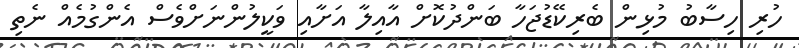
ހުރި ހިސާބު މުޅިން ބެރިކޭޑުޖަހާ ބަންދުކޮށް އާއިލާ އަށާއި ވަކީލުންނަށްވެސް އެންގުމެއް ނެތި